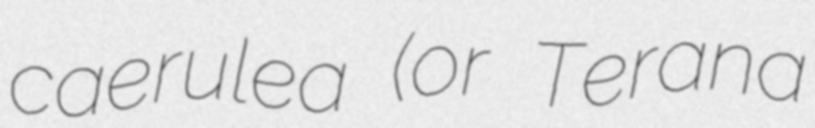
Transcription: caerulea (or Terana